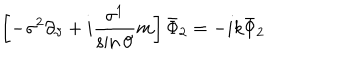
LaTeX: \left[ - \sigma ^ { 2 } \partial _ { \vartheta } + i \frac { \sigma ^ { 1 } } { \sin \vartheta } m \right] \bar { \Phi } _ { 2 } = - i k \bar { \Phi } _ { 2 }